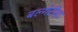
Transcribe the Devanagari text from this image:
बल्गेरीया